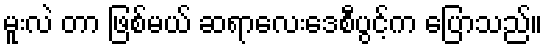
မူးလဲ တာ ဖြစ်မယ် ဆရာလေးဒေစီပွင့်က ပြောသည်။